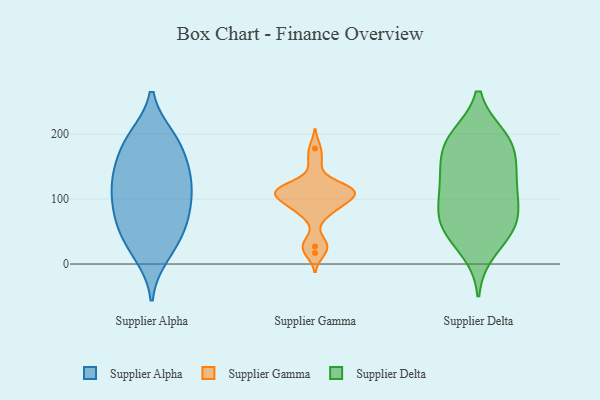
{"axis": {"x": "Customer Acquisition Cost (USD)", "y": "Value"}, "legend": ["Supplier Alpha", "Supplier Delta", "Supplier Gamma"], "data": [{"x": "", "y": 68, "type": "Supplier Alpha"}, {"x": "", "y": 39, "type": "Supplier Alpha"}, {"x": "", "y": 92, "type": "Supplier Alpha"}, {"x": "", "y": 27, "type": "Supplier Alpha"}, {"x": "", "y": 14, "type": "Supplier Alpha"}, {"x": "", "y": 144, "type": "Supplier Alpha"}, {"x": "", "y": 173, "type": "Supplier Alpha"}, {"x": "", "y": 97, "type": "Supplier Alpha"}, {"x": "", "y": 193, "type": "Supplier Alpha"}, {"x": "", "y": 72, "type": "Supplier Alpha"}, {"x": "", "y": 134, "type": "Supplier Alpha"}, {"x": "", "y": 188, "type": "Supplier Alpha"}, {"x": "", "y": 195, "type": "Supplier Alpha"}, {"x": "", "y": 60, "type": "Supplier Alpha"}, {"x": "", "y": 134, "type": "Supplier Alpha"}, {"x": "", "y": 132, "type": "Supplier Alpha"}, {"x": "", "y": 111, "type": "Supplier Alpha"}, {"x": "", "y": 97, "type": "Supplier Gamma"}, {"x": "", "y": 115, "type": "Supplier Gamma"}, {"x": "", "y": 114, "type": "Supplier Gamma"}, {"x": "", "y": 83, "type": "Supplier Gamma"}, {"x": "", "y": 178, "type": "Supplier Gamma"}, {"x": "", "y": 101, "type": "Supplier Gamma"}, {"x": "", "y": 114, "type": "Supplier Gamma"}, {"x": "", "y": 155, "type": "Supplier Gamma"}, {"x": "", "y": 113, "type": "Supplier Gamma"}, {"x": "", "y": 27, "type": "Supplier Gamma"}, {"x": "", "y": 17, "type": "Supplier Gamma"}, {"x": "", "y": 122, "type": "Supplier Gamma"}, {"x": "", "y": 108, "type": "Supplier Gamma"}, {"x": "", "y": 76, "type": "Supplier Gamma"}, {"x": "", "y": 112, "type": "Supplier Gamma"}, {"x": "", "y": 90, "type": "Supplier Gamma"}, {"x": "", "y": 34, "type": "Supplier Gamma"}, {"x": "", "y": 52, "type": "Supplier Delta"}, {"x": "", "y": 83, "type": "Supplier Delta"}, {"x": "", "y": 146, "type": "Supplier Delta"}, {"x": "", "y": 164, "type": "Supplier Delta"}, {"x": "", "y": 56, "type": "Supplier Delta"}, {"x": "", "y": 129, "type": "Supplier Delta"}, {"x": "", "y": 71, "type": "Supplier Delta"}, {"x": "", "y": 125, "type": "Supplier Delta"}, {"x": "", "y": 195, "type": "Supplier Delta"}, {"x": "", "y": 116, "type": "Supplier Delta"}, {"x": "", "y": 21, "type": "Supplier Delta"}, {"x": "", "y": 90, "type": "Supplier Delta"}, {"x": "", "y": 179, "type": "Supplier Delta"}, {"x": "", "y": 53, "type": "Supplier Delta"}, {"x": "", "y": 195, "type": "Supplier Delta"}, {"x": "", "y": 193, "type": "Supplier Delta"}]}